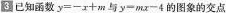
3已知函数$$y=-x+m$$与$$y-mx-4$$的图象的交点